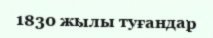
1830 жылы туғандар